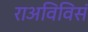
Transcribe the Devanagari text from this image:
राअविविसं